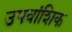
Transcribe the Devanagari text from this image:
उपवांशिक